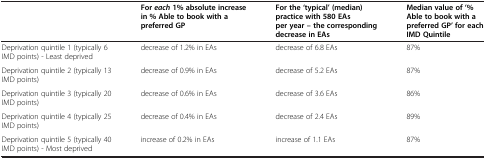
<table><thead><tr><td><b> </b></td><td><b>For <i>each </i>1% absolute increase in %Able to book with a preferred GP</b></td><td><b>For the ‘typical’ (median) practice with 580 EAs per year – the corresponding decrease in EAs</b></td><td><b>Median value of ‘% Able to book with a preferred GP’ for each IMD Quintile</b></td></tr></thead><tbody><tr><td>Deprivation quintile 1 (typically 6 IMD points) - Least deprived</td><td>decrease of 1.2% in EAs</td><td>decrease of 6.8 EAs</td><td>87%</td></tr><tr><td>Deprivation quintile 2 (typically 13 IMD points)</td><td>decrease of 0.9% in EAs</td><td>decrease of 5.2 EAs</td><td>87%</td></tr><tr><td>Deprivation quintile 3 (typically 20 IMD points)</td><td>decrease of 0.6% in EAs</td><td>decrease of 3.6 EAs</td><td>86%</td></tr><tr><td>Deprivation quintile 4 (typically 25 IMD points)</td><td>decrease of 0.4% in EAs</td><td>decrease of 2.4 EAs</td><td>89%</td></tr><tr><td>Deprivation quintile 5 (typically 40 IMD points) - Most deprived</td><td>increase of 0.2% in EAs</td><td>increase of 1.1 EAs</td><td>87%</td></tr></tbody></table>